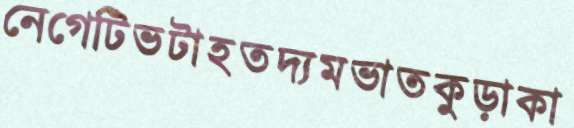
নেগেটিভটাহতদ্যমভাতকুড়াকা